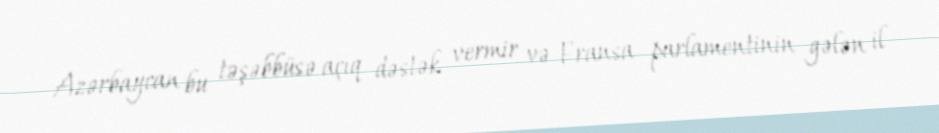
Azərbaycan bu təşəbbüsə açıq dəstək vermir və Fransa parlamentinin gələn il